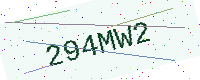
Text: 294MW2